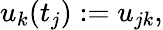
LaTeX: u_{k}(t_{j}):=u_{jk},